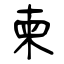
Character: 柬